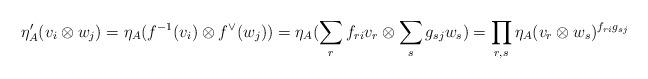
LaTeX: \begin{align*}\eta_A^\prime(v_i \otimes w_j)=\eta_A(f^{-1}(v_i)\otimes f^\vee(w_j))=\eta_A( \sum_r f_{ri}v_r \otimes \sum_s g_{sj}w_s)=\prod_{r,s}\eta_A(v_r\otimes w_s)^ {f_{ri}g_{sj}} \end{align*}